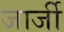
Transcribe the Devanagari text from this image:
जार्जी